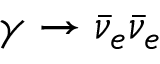
\gamma \rightarrow \bar { \nu } _ { e } \bar { \nu } _ { e }